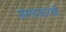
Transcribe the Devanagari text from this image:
अम्लासारखी